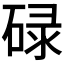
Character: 碌